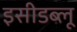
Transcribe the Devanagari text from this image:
इसीडब्लू